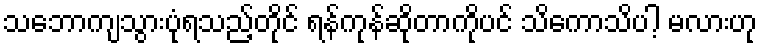
သဘောကျသွားပုံရသည့်တိုင် ရန်ကုန်ဆိုတာကိုပင် သိကောသိပါ့ မလားဟု